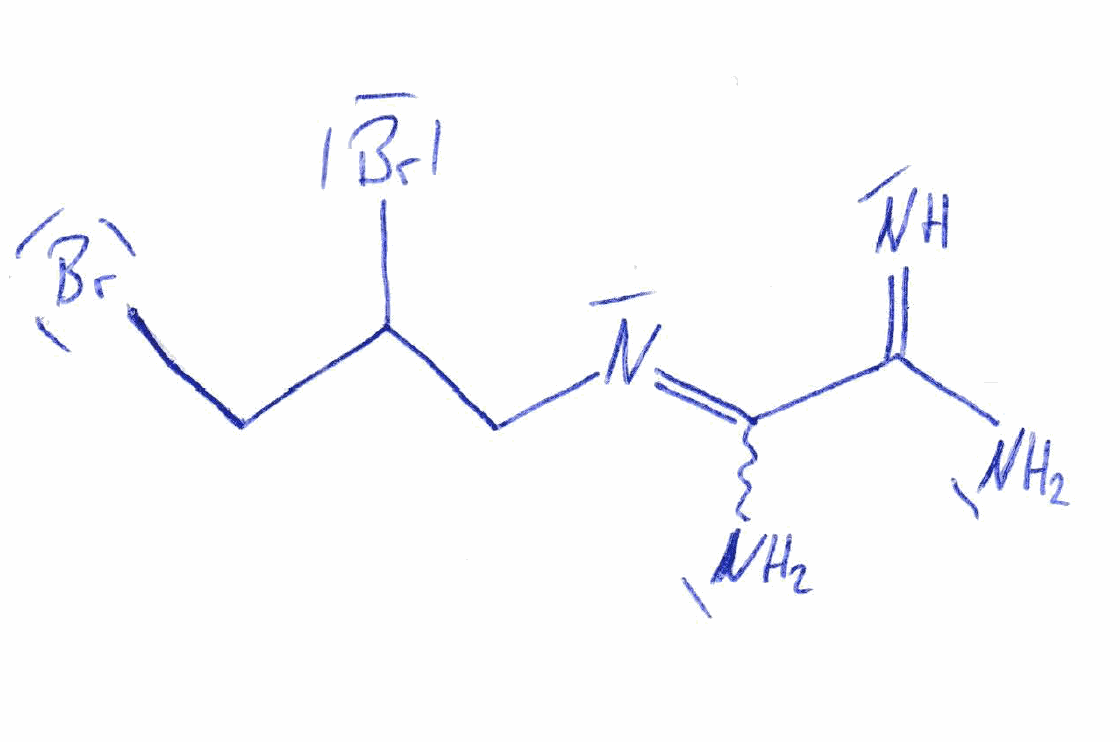
Simplified molecular-input line-entry system (SMILES) notation of the given molecule:
C(C(CBr)Br)N=C(C(=N)N)N